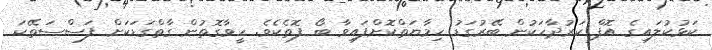
ކަޅުކުލައިގެ އޮފް ކަރުދާހަކުން ބޭރުގަޑު ހިމާޔަތްކޮށްފައިވާ ބޯ ފޮތެކެވެ. ހީވާގޮތުން ގާތްގަޑަކަށް ފަސްސަތޭކަ